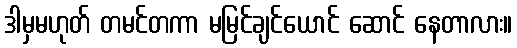
ဒါမှမဟုတ် တမင်တကာ မမြင်ချင်ယောင် ဆောင် နေတာလား။